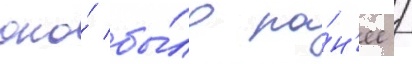
оно́ бы́ло ра́н'ее /